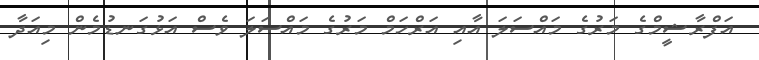
އަފްރާޝީމްގެ މަރުގެ މައްސަލަ އާއި އަރްހަމް މަރުގެ މައްސަލަ ވެސް އަޅުގަނޑުމެން މިއަދާ